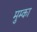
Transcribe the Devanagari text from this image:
मुम्का